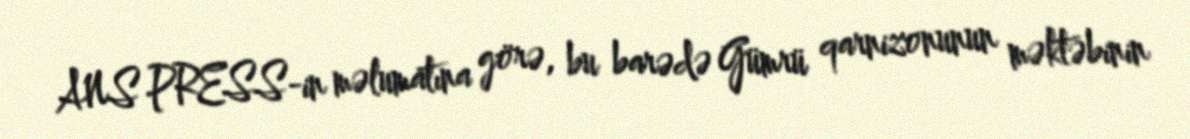
ANS PRESS-in məlumatına görə, bu barədə Gümrü qarnizonunun məktəbinin